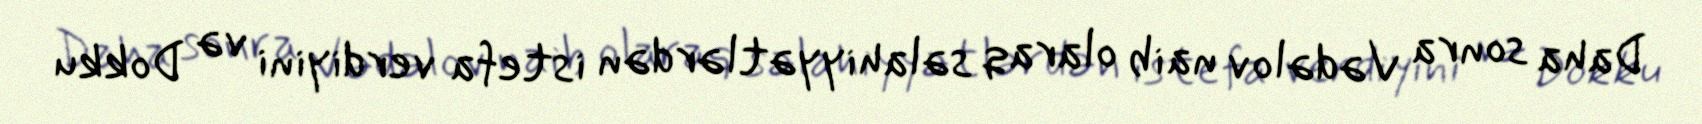
Daha sonra Vədəlov naib olaraq səlahiyyətlərdən istefa verdiyini və Dokku